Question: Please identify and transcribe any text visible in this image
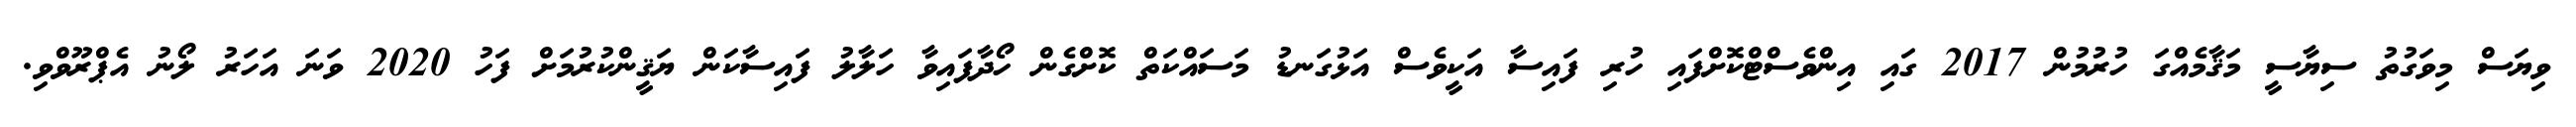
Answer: ވިޔަސް މިވަގުތު ސިޔާސީ މަޤާމެއްގަ ހުރުމުން 2017 ގައި އިންވެސްޓްކޮށްފައި ހުރި ފައިސާ އަކީވެސް އަޅުގަނޑު މަސައްކަތް ކޮށްގެން ހޯދާފައިވާ ހަލާލު ފައިސާކަން ޔަޤީންކުރުމަށް ފަހު 2020 ވަނަ އަހަރު ލޯނު އެޕްރޫވްވި.